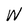
Character: W